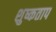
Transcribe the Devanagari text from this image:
शुष्कताप